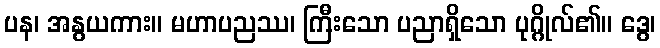
ပန၊ အနွယကား။ မဟာပညဿ၊ ကြီးသော ပညာရှိသော ပုဂ္ဂိုလ်၏။ ဒွေ၊